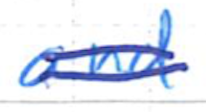
Text: and
Cross-out: double-line
Writing tool: ballpoint